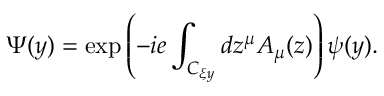
\Psi ( y ) = \exp \left( { - i e \int _ { C _ { \xi y } } { d z ^ { \mu } A _ { \mu } ( z ) } } \right) \psi ( y ) .